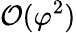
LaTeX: \mathcal{O}(\varphi^{2})